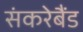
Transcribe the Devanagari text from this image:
संकरेबैंड